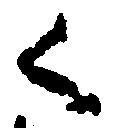
く